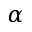
\alpha